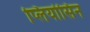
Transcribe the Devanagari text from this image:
प्लियोसिन